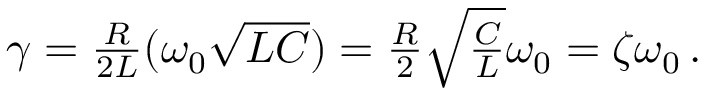
\begin{array} { r } { \gamma = \frac { R } { 2 L } ( \omega _ { 0 } \sqrt { L C } ) = \frac { R } { 2 } \sqrt { \frac { C } { L } } \omega _ { 0 } = \zeta \omega _ { 0 } \, . } \end{array}